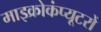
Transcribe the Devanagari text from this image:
माइक्रोकंप्यूटरों